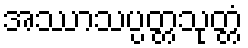
အဿာသပ္ပတ္တသုတ္တံ